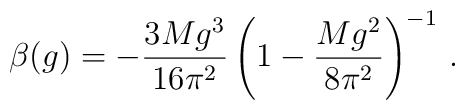
\beta(g)		=-\frac{3Mg^3}{16\pi^2}\left(1-\frac{Mg^2}{8\pi^2}\right)^{-1}\,.